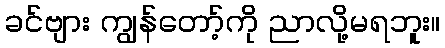
ခင်ဗျား ကျွန်တော့်ကို ညာလို့မရဘူး။